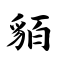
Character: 貊